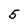
Character: 5